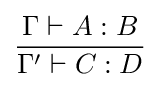
{\frac {\Gamma \vdash A:B}{\Gamma '\vdash C:D}}